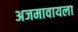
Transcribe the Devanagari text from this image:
अजमावायला